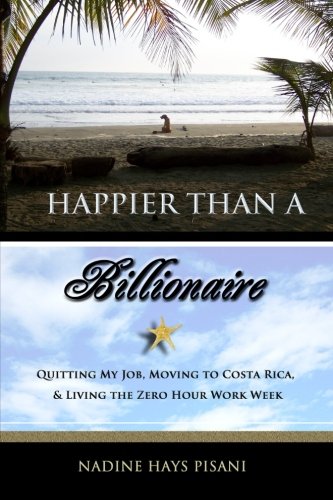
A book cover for Happier Than a Billionaire: Quitting My Job, Moving to Costa Rica, and Living the Zero Hour Work Week; Nadine Hays Pisani; Travel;